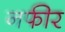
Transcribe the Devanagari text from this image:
नफीर